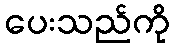
ပေးသည်ကို